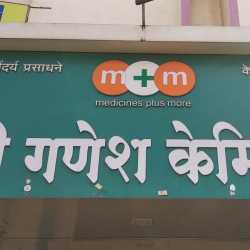
Language: marathi
Transcription: गणेश